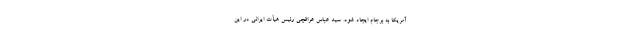
آمریکا به برجام ایجاد شود. سید عباس عراقچی رئیس هیأت ایرانی در این